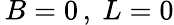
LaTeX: \, B=0\, ,~L=0